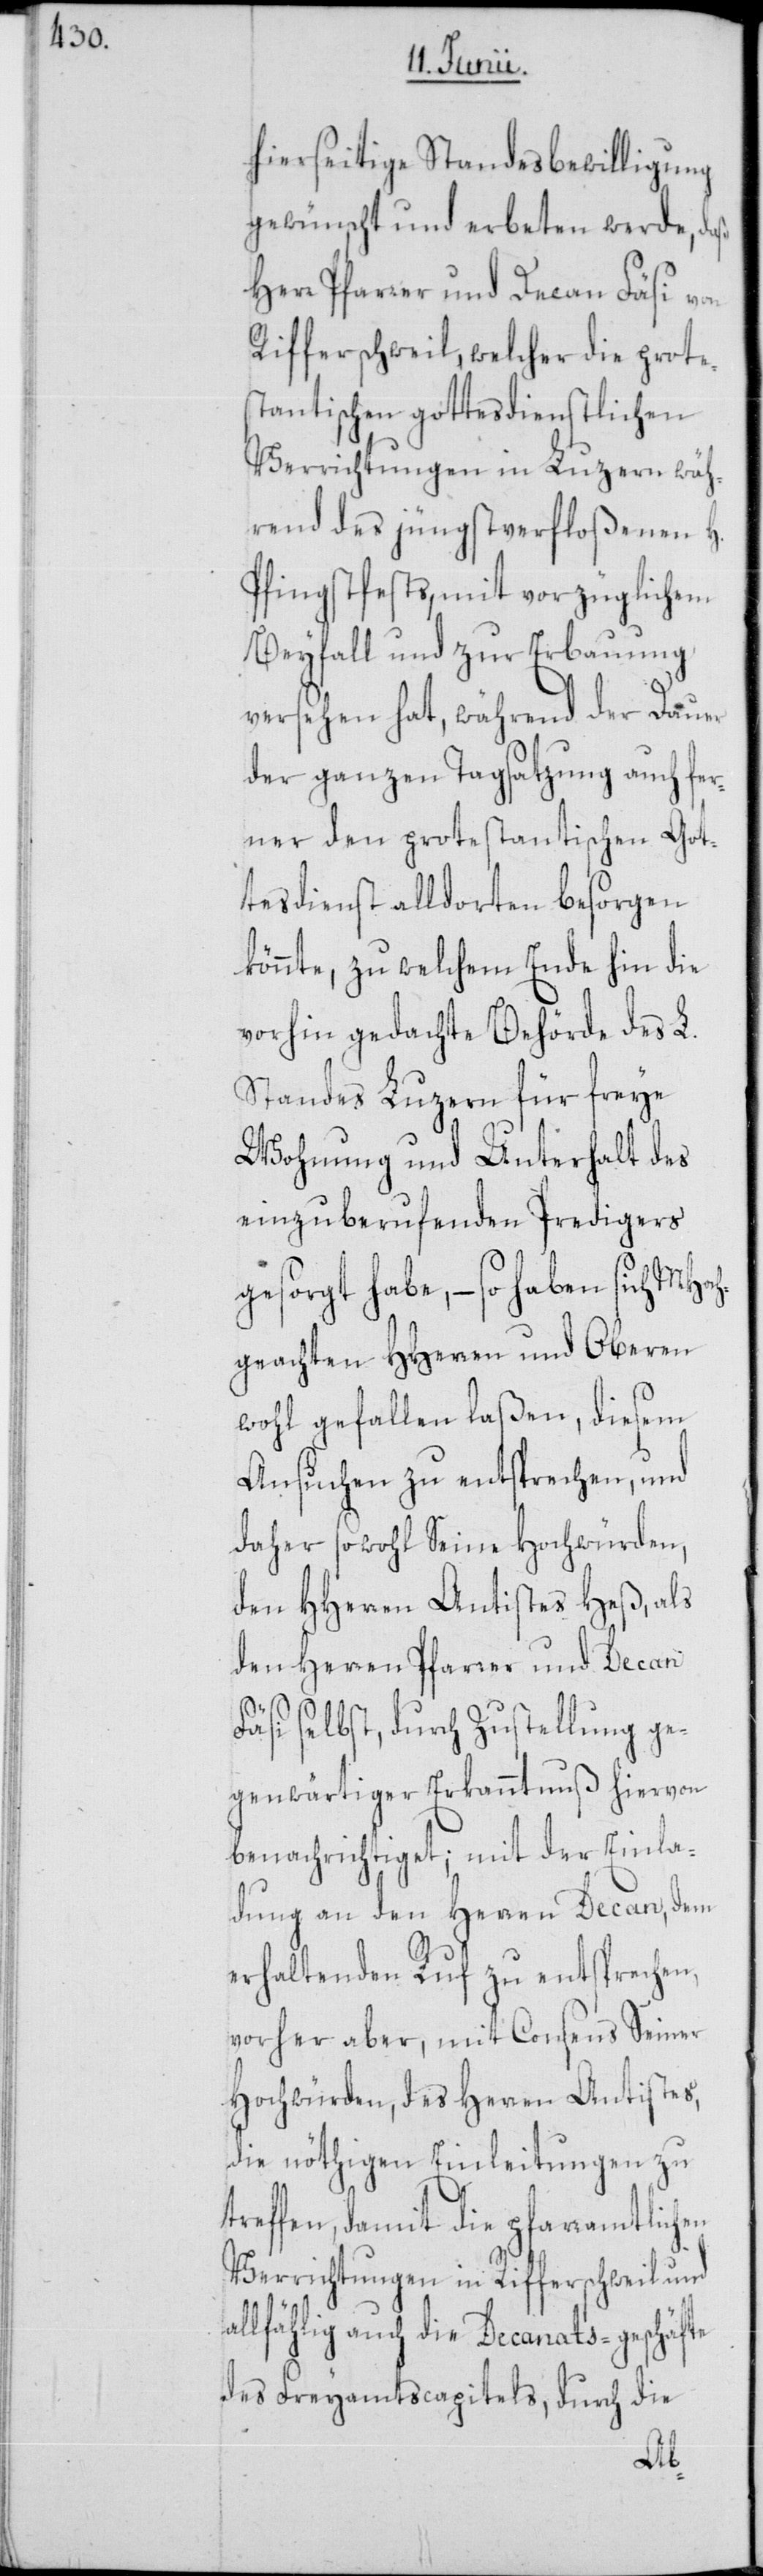
hierseitige Standesbewilligung
gewünscht und erbeten werde, daß
Herr Pfarrer und Decan Fäsi von
Rifferschweil, welcher die prote¬
stantischen gottesdienstlichen
Verrichtungen in Luzern wäh¬
rend des jüngstverfloßenen H.
Pfingstfests, mit vorzüglichem
Beyfall und zur Erbauung
versehen hat, während der Dauer
der ganzen Tagsatzung auch fer¬
ner den protestantischen Got¬
tesdienst alldorten besorgen
könnte, zu welchem Ende hin die
vorhin gedachte Behörde des L.
Standes Luzern für freye
Wohnung und Unterhalt des
einzuberufenden Predigers
gesorgt habe, – so haben sich MHoc¬
hgeachten HHerren und Oberen
wohl gefallen laßen, diesem
Ansuchen zu entsprechen, und
daher sowohl Seine Hochwürden,
den HHerren Antistes Heß, als
den Herren Pfarrer und Decan
Fäsi selbst, durch Zustellung ge¬
genwärtiger Erkanntnuß hiervon
benachrichtiget; mit der Einla¬
dung an den Herren Decan, dem
erhaltenden Ruf zu entsprechen,
vorher aber, mit Consens Seiner
Hochwürden, des Herren Antistes,
die nöthigen Einleitungen zu
treffen, damit die pfarramtlichen
Verrichtungen in Rifferschweil und
allfählig auch die Decanats-geschäfte
des Freyamtscapitels, durch die